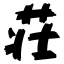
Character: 荘